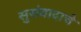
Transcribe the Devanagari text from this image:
सुसंवादाचे